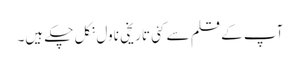
آپ کے قلم سے کئی تاریخی ناول نکل چکے ہیں۔